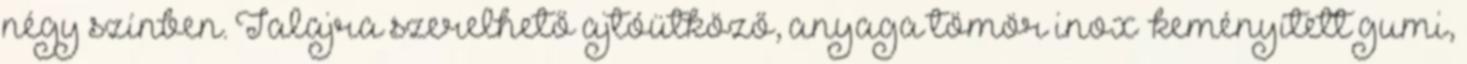
négy színben. Talajra szerelhető ajtóütköző, anyaga tömör inox keményített gumi,